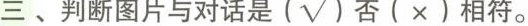
三 、判断图片与对话是(√)否(×)相符。